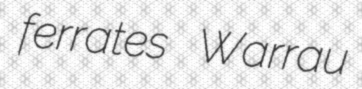
ferrates Warrau